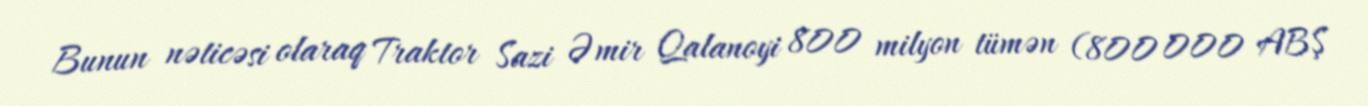
Bunun nəticəsi olaraq Traktor Sazi Əmir Qalanoyi 800 milyon tümən (800 000 ABŞ